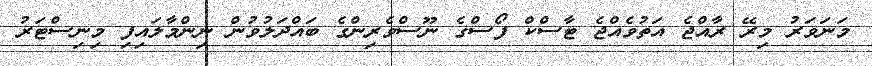
މަނަވަރު މިރޭ ރާއްޖެ އަތުވެއްޖެ ޓާސްކް ފޯސްގެ ނޫސްވެރިންގެ ބައްދަލުވުން ނިންމާލައިފި މިނިސްޓަރު